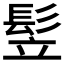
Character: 𩬦